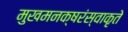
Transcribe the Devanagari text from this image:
मुखमनक्षरंस्वाकृते